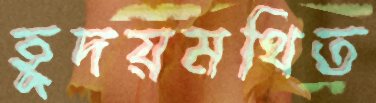
হূদয়মথিত